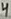
Text: 4